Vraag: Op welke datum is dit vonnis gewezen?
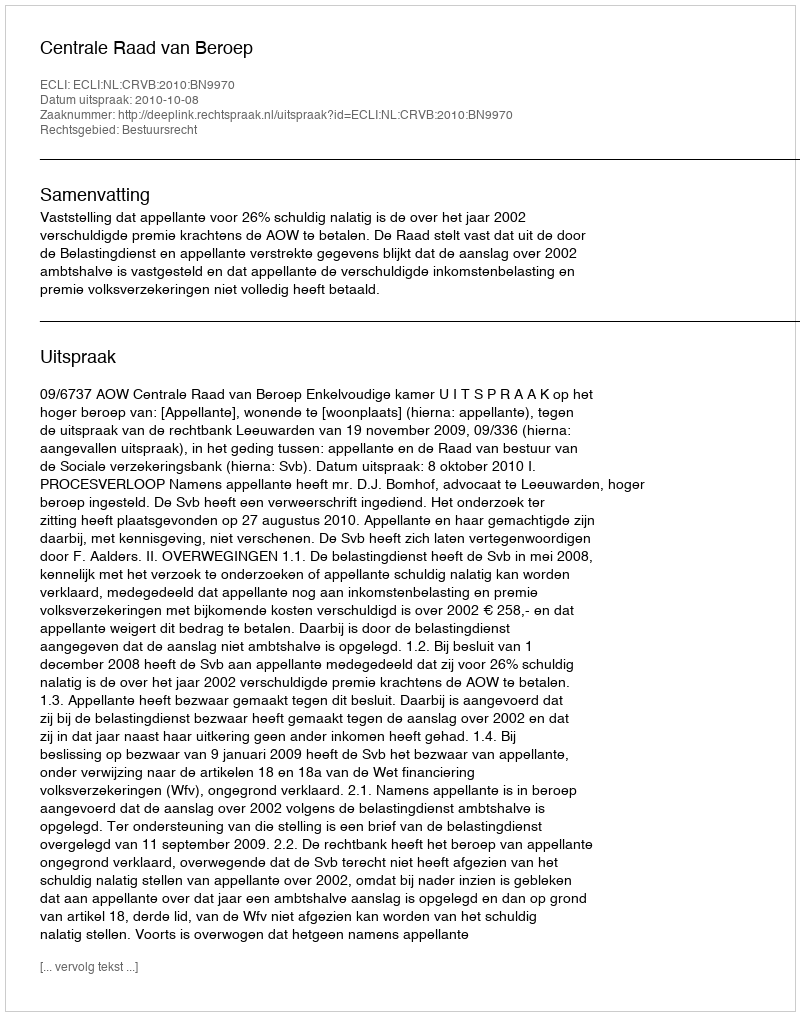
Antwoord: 2010-10-08